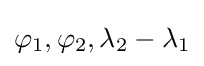
\varphi _{1},\varphi _{2},\lambda _{2}-\lambda _{1}